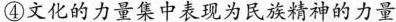
④文化的力量集中表现为民族精神的力量